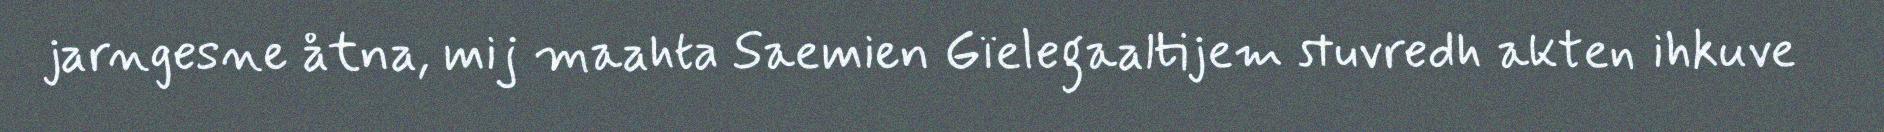
jarngesne åtna, mij maahta Saemien Gïelegaaltijem stuvredh akten ihkuve